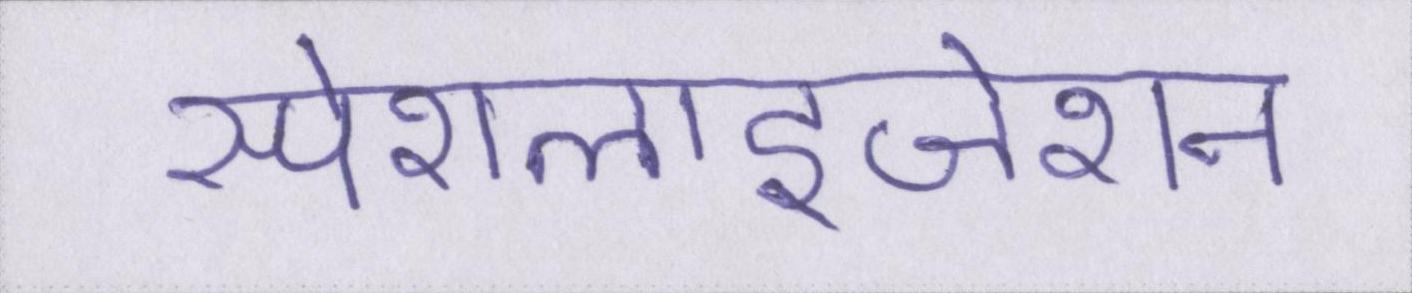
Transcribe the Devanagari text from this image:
स्पेशलाइजेशन